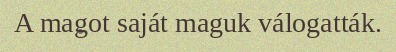
A magot saját maguk válogatták.